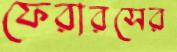
ফেরারসের